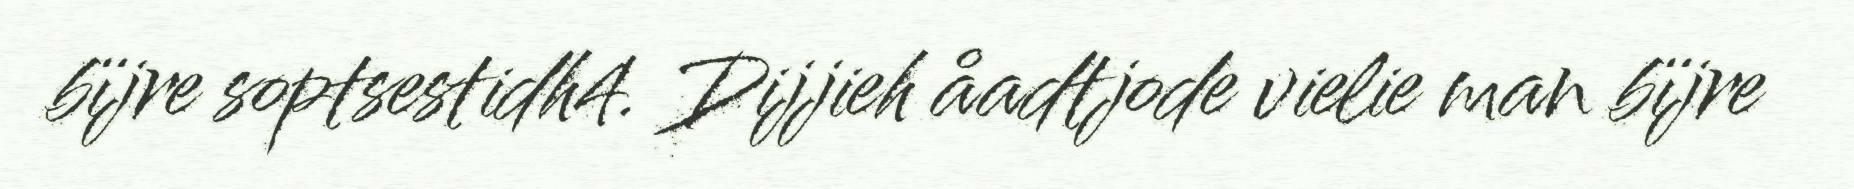
bïjre soptsestidh4. Dijjieh åadtjode vielie man bïjre